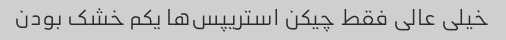
خیلی عالی فقط چیکن استریپس‌ها یکم خشک بودن